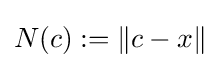
N(c):=\|c-x\|